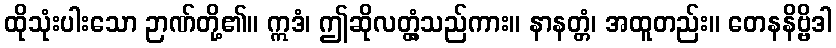
ထိုသုံးပါးသော ဉာဏ်တို့၏။ ဣဒံ၊ ဤဆိုလတ္တံ့သည်ကား။ နာနတ္တံ၊ အထူတည်း။ တေနနိဗ္ဗိဒါ